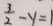
\frac { 3 } { 2 } - y = 1